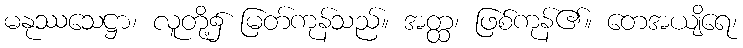
မနုဿသေဋ္ဌာ၊ လူတို့၌ မြတ်ကုန်သည်။ အတ္ထ၊ ဖြစ်ကုန်၏။ တေအယျိရေ၊